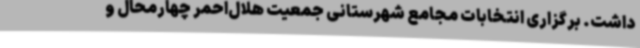
داشت. برگزاری انتخابات مجامع شهرستانی جمعیت هلال‌احمر چهارمحال و